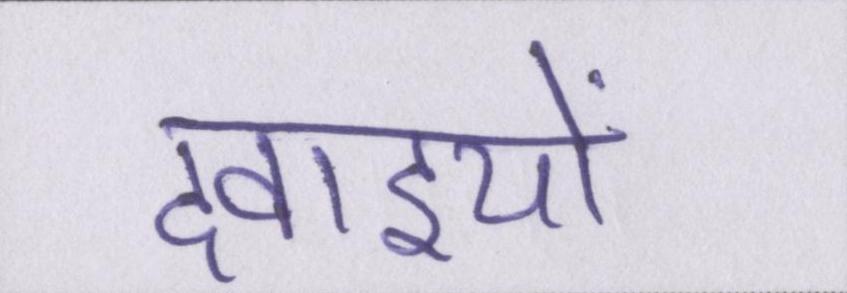
दवाइयों